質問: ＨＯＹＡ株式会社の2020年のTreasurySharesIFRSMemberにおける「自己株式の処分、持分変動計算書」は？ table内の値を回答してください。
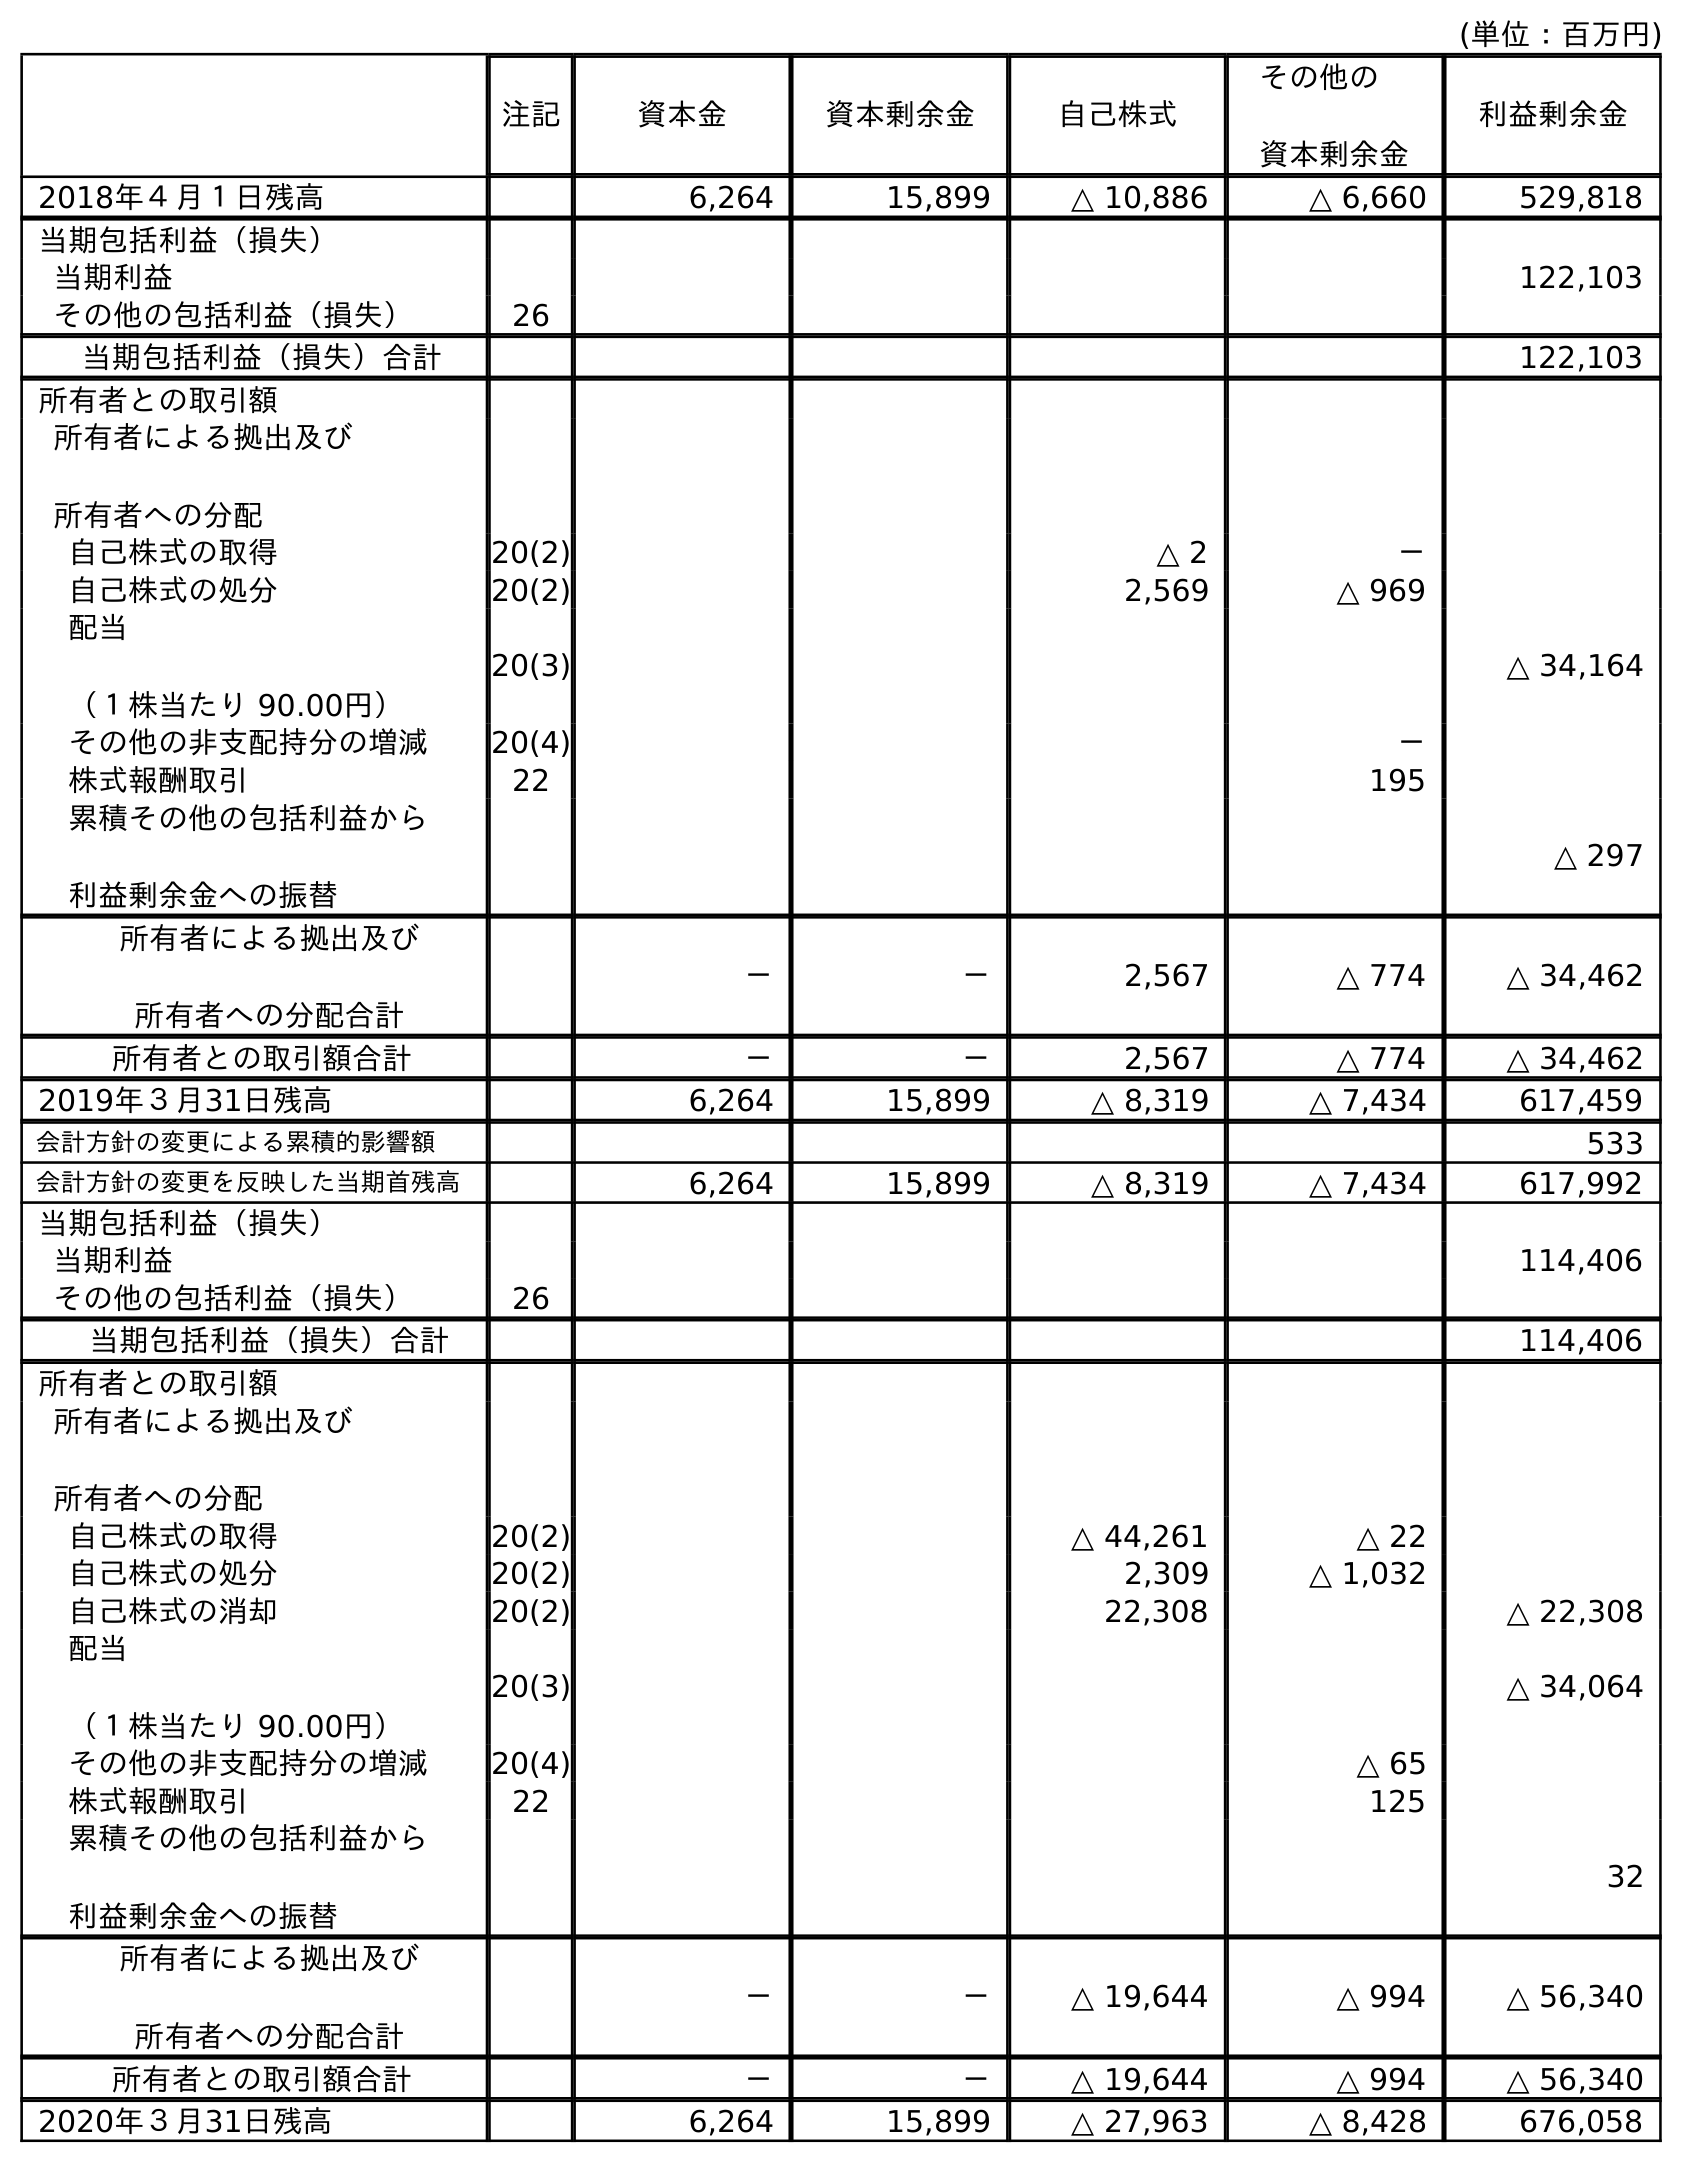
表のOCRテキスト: (単位：百万円) 注記 資本金 資本剰余金 自己株式 その他の 資本剰余金 利益剰余金 2018年４月１日残高 6,264 15,899 △ 10,886 △ 6,660 529,818 当期包括利益（損失） 当期利益 122,103 その他の包括利益（損失） 26 当期包括利益（損失）合計 122,103 所有者との取引額 所有者による拠出及び 所有者への分配 自己株式の取得 20(2) △ 2 － 自己株式の処分 20(2) 2,569 △ 969 配当 （１株当たり 90.00円） 20(3) △ 34,164 その他の非支配持分の増減 20(4) － 株式報酬取引 22 195 累積その他の包括利益から 利益剰余金への振替 △ 297 所有者による拠出及び 所有者への分配合計 － － 2,567 △ 774 △ 34,462 所有者との取引額合計 － － 2,567 △ 774 △ 34,462 2019年３月31日残高 6,264 15,899 △ 8,319 △ 7,434 617,459 会計方針の変更による累積的影響額 533 会計方針の変更を反映した当期首残高 6,264 15,899 △ 8,319 △ 7,434 617,992 当期包括利益（損失） 当期利益 114,406 その他の包括利益（損失） 26 当期包括利益（損失）合計 114,406 所有者との取引額 所有者による拠出及び 所有者への分配 自己株式の取得 20(2) △ 44,261 △ 22 自己株式の処分 20(2) 2,309 △ 1,032 自己株式の消却 20(2) 22,308 △ 22,308 配当 （１株当たり 90.00円） 20(3) △ 34,064 その他の非支配持分の増減 20(4) △ 65 株式報酬取引 22 125 累積その他の包括利益から 利益剰余金への振替 32 所有者による拠出及び 所有者への分配合計 － － △ 19,644 △ 994 △ 56,340 所有者との取引額合計 － － △ 19,644 △ 994 △ 56,340 2020年３月31日残高 6,264 15,899 △ 27,963 △ 8,428 676,058
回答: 2,309